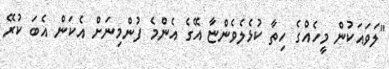
"ލަވައަކުން މީހެއްގެ ހިތާ ކުޅެލެވެންޏާ އޭގެ އެންމެ ފުންމިނަށް އެކަން އެބަ ކުރޭ